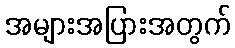
အများအပြားအတွက်